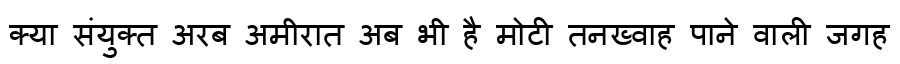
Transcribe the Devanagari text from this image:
क्या संयुक्त अरब अमीरात अब भी है मोटी तनख्वाह पाने वाली जगह